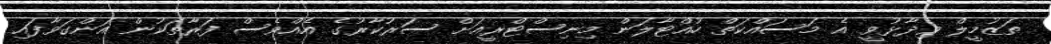
ތަޒުމީލް ވިދާޅުވީ އެ މަސައްކަތް ހުއްޓާލަން މިނިސްޓްރީއަށް ސަރުކާރުގެ އެއްވެސް ފަރާތަކުން އަންގަވާފައި